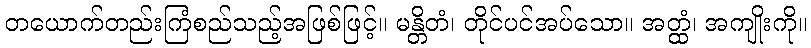
တယောက်တည်းကြံစည်သည့်အဖြစ်ဖြင့်။ မန္တိတံ၊ တိုင်ပင်အပ်သော။ အတ္ထံ၊ အကျိုးကို။